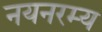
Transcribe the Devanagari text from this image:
नयनरम्‍य